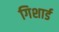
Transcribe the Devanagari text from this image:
गिशार्ड